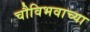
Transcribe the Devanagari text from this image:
चौविभवाच्या